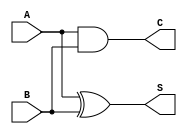
module current_mode_half_adder (
    input wire A,       // Input current representing the first binary digit
    input wire B,       // Input current representing the second binary digit
    output wire S,      // Output current representing the sum
    output wire C       // Output current representing the carry-out
);

// Internal signals for the sum and carry logic
wire A_and_B;         // Intermediate signal for AND operation

// Logic for Carry (C)
assign A_and_B = A & B;   // Carry is 1 only when both A and B are 1
assign C = A_and_B;       // Carry output

// Logic for Sum (S)
assign S = (A ^ B);       // Sum is A XOR B

endmodule